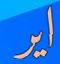
اير